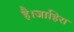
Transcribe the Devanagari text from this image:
है।जाहिरा